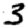
Digit: 3